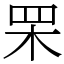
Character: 䍒